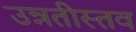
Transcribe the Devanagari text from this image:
उन्नतीस्तव